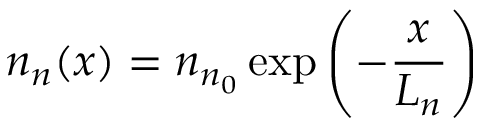
n _ { n } ( x ) = n _ { n _ { 0 } } \exp \left( - \frac { x } { L _ { n } } \right)